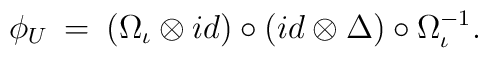
\phi_U \: = \: (\Omega_{\iota} \otimes id) \circ (id  \otimes \Delta)\circ \Omega_{\iota}^{-1}.